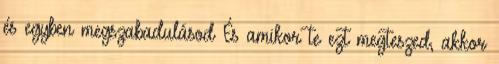
és egyben megszabadulásod És amikor te ezt megteszed, akkor